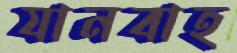
যানবাহ